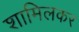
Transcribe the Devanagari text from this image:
शामिलकर